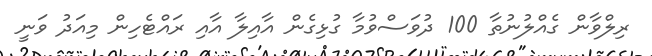
ރިލްވާން ގެއްލުނުތާ 100 ދުވަސްވުމާ ގުޅިގެން އާއިލާ އާއި ރައްޓެހިން މިއަދު ވަނީ